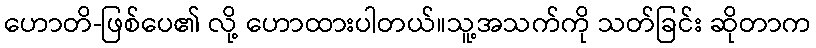
ဟောတိ-ဖြစ်ပေ၏ လို့ ဟောထားပါတယ်။သူ့အသက်ကို သတ်ခြင်း ဆိုတာက